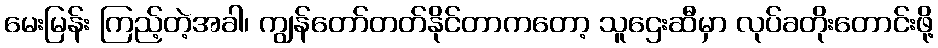
မေးမြန်း ကြည့်တဲ့အခါ၊ ကျွန်တော်တတ်နိုင်တာကတော့ သူဌေးဆီမှာ လုပ်ခတိုးတောင်းဖို့